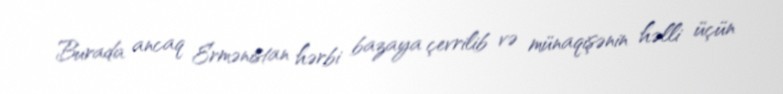
Burada ancaq Ermənistan hərbi bazaya çevrilib və münaqişənin həlli üçün